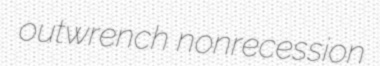
outwrench nonrecession